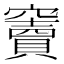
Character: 竇